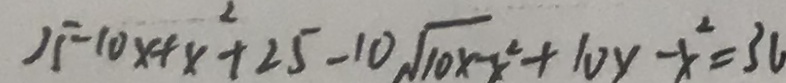
2 5 - 1 0 x + x ^ { 2 } + 2 5 - 1 0 s q r t 1 0 x - x ^ { 2 } + 1 0 y - x ^ { 2 } = 3 a